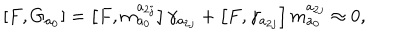
\left[ F , G _ { a _ { 0 } } \right] = \left[ F , m _ { a _ { 0 } } ^ { a _ { 2 j } } \right] \gamma _ { a _ { 2 j } } + \left[ F , \gamma _ { a _ { 2 j } } \right] m _ { a _ { 0 } } ^ { a _ { 2 j } } \approx 0 ,